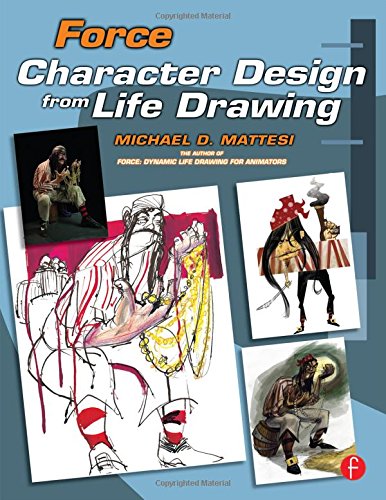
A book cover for Force: Character Design from Life Drawing (Force Drawing Series); Mike Mattesi; Arts & Photography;